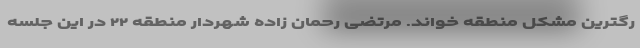
رگترین مشکل منطقه خواند. مرتضی رحمان زاده شهردار منطقه ۲۲ در این جلسه